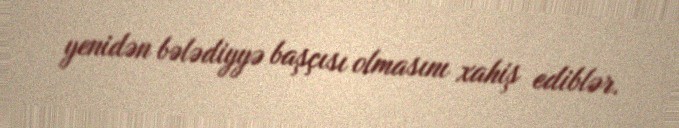
yenidən bələdiyyə başçısı olmasını xahiş ediblər.